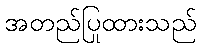
အတည်ပြုထားသည်